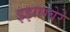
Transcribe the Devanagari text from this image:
इझाग्वेरे